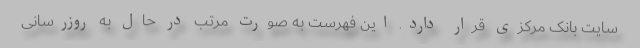
سایت بانک مرکزی قرار دارد. این فهرست به صورت مرتب در حال به روزرسانی